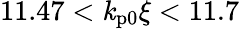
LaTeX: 11.47<\mathit{k}_{\mathrm{{p0}}}\xi<11.7